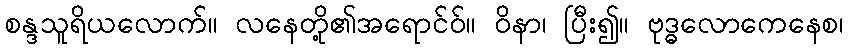
စန္ဒသူရိယလောက်။ လနေတို့၏အရောင်ဝ်။ ဝိနာ၊ ပြီး၍။ ဗုဒ္ဓလောကေနေစ၊